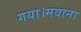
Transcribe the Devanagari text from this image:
गया।मवाना